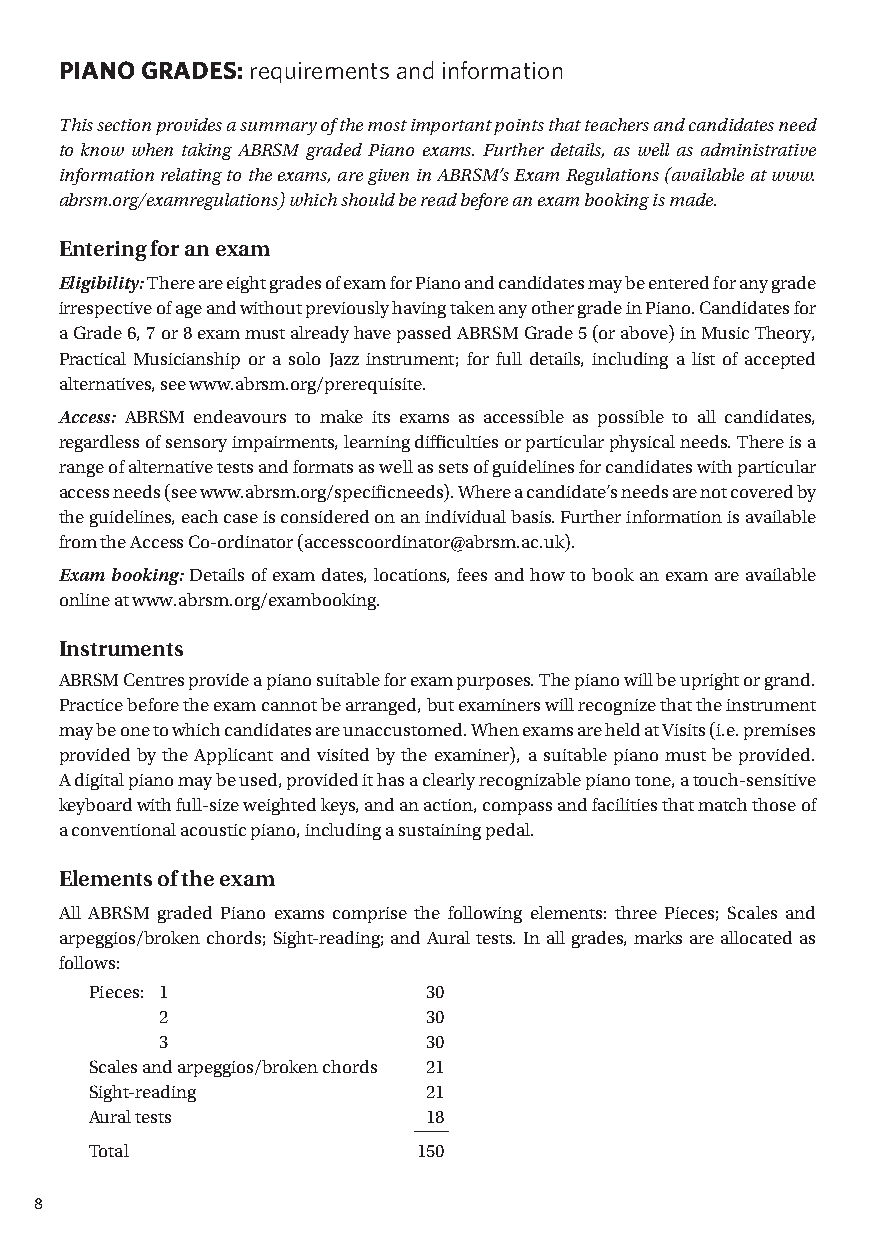
PIANO GRADES: requirements and information
 T his section provides a summary of the most important points that teachers and candidates need
 to know when taking ABRSM graded Piano exams. Further details, as well as administrative
 information relating to the exams, are given in ABRSM’s Exam Regulations (available at www.
 abrsm.org/examregulations) which should be read before an exam booking is made.
 Entering for an exam
 Eligibility: T here are eight grades of exam for Piano and candidates may be entered for any grade
 irrespective of age and without previously having taken any other grade in Piano. Candidates for
 a Grade 6, 7 or 8 exam must already have passed ABRSM Grade 5 (or above) in Music T heory,
 Practical Musicianship or a solo Jazz instrument; for full details, including a list of accepted
 alternatives, see www.abrsm.org/prerequisite.
 Access: ABRSM endeavours to make its exams as accessible as possible to all candidates,
 regardless of sensory impairments, learning difficulties or particular physical needs. T here is a
 range of alternative tests and formats as well as sets of guidelines for candidates with particular
 access needs (see www.abrsm.org/specificneeds). Where a candidate’s needs are not covered by
 the guidelines, each case is considered on an individual basis. Further information is available
 from the Access Co-ordinator (accesscoordinator@abrsm.ac.uk).
 Exam booking: Details of exam dates, locations, fees and how to book an exam are available
 online at www.abrsm.org/exambooking.
 Instruments
 ABRSM Centres provide a piano suitable for exam purposes. T he piano will be upright or grand.
 Practice before the exam cannot be arranged, but examiners will recognize that the instrument
 may be one to which candidates are unaccustomed. When exams are held at Visits (i.e. premises
 provided by the Applicant and visited by the examiner), a suitable piano must be provided.
 A digital piano may be used, provided it has a clearly recognizable piano tone, a touch-sensitive
 keyboard with full-size weighted keys, and an action, compass and facilities that match those of
 a conventional acoustic piano, including a sustaining pedal.
 Elements of the exam
 All ABRSM graded Piano exams comprise the following elements: three Pieces; Scales and
 arpeggios/broken chords; Sight-reading; and Aural tests. In all grades, marks are allocated as
 follows:
 Pieces: 1             30
 2                30
 3                30
 Scales and arpeggios/broken chords 21
 Sight-reading         21
 Aural tests           18
 Total                 150
 8